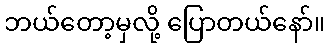
ဘယ်တော့မှလို့ ပြောတယ်နော်။